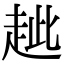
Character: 𧺼